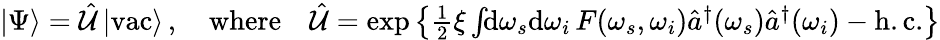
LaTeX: \begin{array}{r}{|\Psi\rangle=\hat{\mathcal{U}}\, |\mathrm{vac}\rangle\, ,\quad\mathrm{where}\quad\hat{\mathcal{U}}=\exp\left\{ \frac{1}{2}\xi\int\! \! \mathrm{d}\omega_{s}\mathrm{d}\omega_{i}\, F(\omega_{s},\omega_{i})\hat{a}^{\dagger}(\omega_{s})\hat{a}^{\dagger}(\omega_{i})-\mathrm{h.c.}\right\} }\end{array}